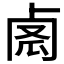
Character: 𠧼